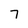
Character: 7